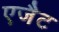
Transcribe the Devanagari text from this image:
एजैेट